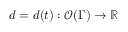
d = d ( t ) : \mathcal { O } ( \Gamma ) \to \mathbb { R }